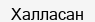
Халласан